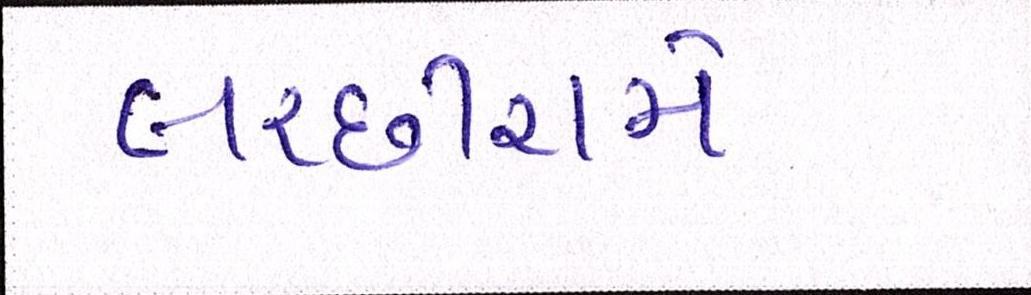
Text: લચ્છીરામે